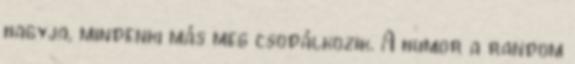
hagyja, mindenki más meg csodálkozik. A humor a random